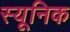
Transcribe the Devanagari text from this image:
स्यूनिक